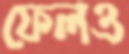
ফেলও